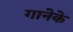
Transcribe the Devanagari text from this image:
गानेके